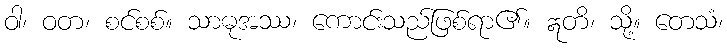
ဝါ၊ ဝတ၊ စင်စစ်။ သာဓုအဿ၊ ကောင်းသည်ဖြစ်ရာ၏။ ဣတိ၊ သို့။ တေသံ၊